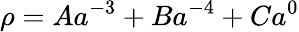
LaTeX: \rho=Aa^{-3}+Ba^{-4}+Ca^{0}